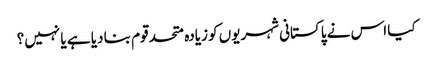
کیا اس نے پاکستانی شہریوں کو زیادہ متحد قوم بنا دیا ہے یا نہیں؟